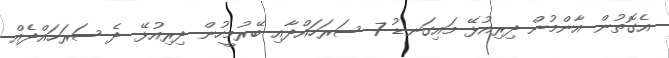
އެގޮތުން އާންމުން ދިރިއުޅޭ މައިގަނޑު 7 ސަރަހައްދާއި ބޭރުމީހުން ދިރިއުޅޭ ދެ ސަރަހައްދެއް